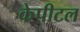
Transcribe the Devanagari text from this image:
केपीटल